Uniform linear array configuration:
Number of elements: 8
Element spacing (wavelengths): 0.5
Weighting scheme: uniform
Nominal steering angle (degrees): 60
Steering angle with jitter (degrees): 61.991
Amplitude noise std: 0.05
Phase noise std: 0.05

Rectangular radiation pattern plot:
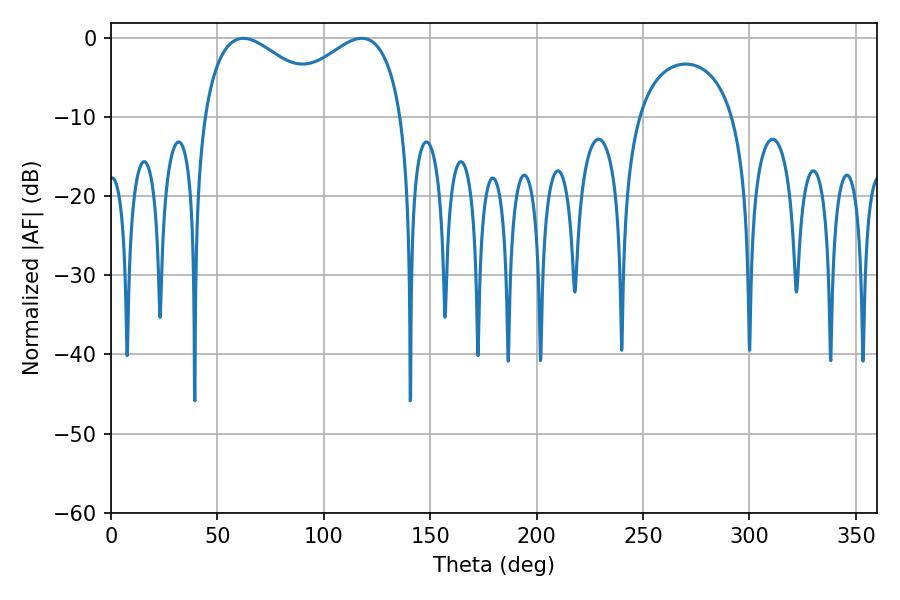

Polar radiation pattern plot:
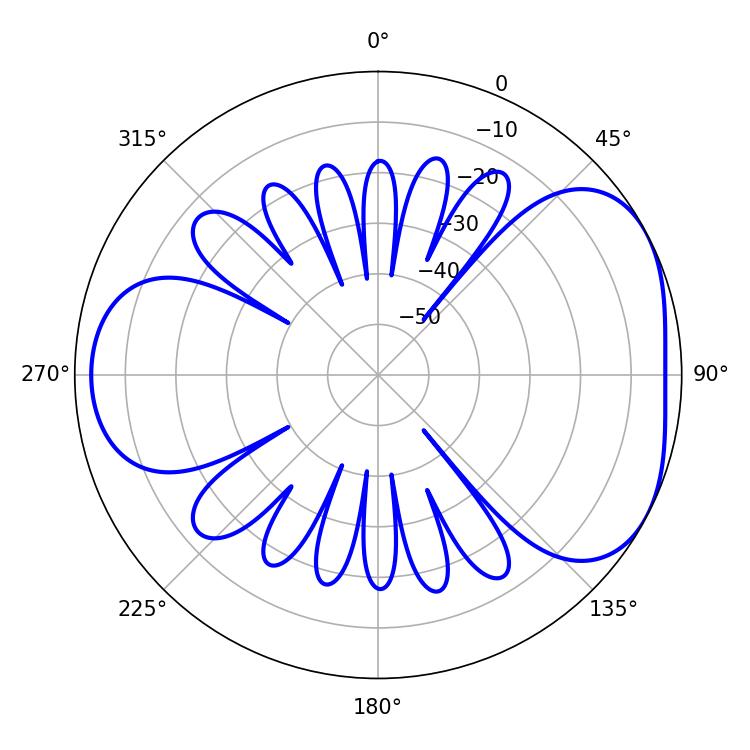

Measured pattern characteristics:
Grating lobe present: FALSE
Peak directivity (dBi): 4.481
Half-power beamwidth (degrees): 34.02
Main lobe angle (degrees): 62.1